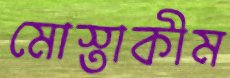
মোস্তাকীম